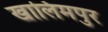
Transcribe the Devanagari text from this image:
खालिमपुर